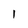
Character: 1